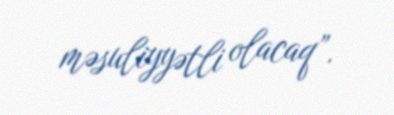
məsuliyyətli olacaq”.